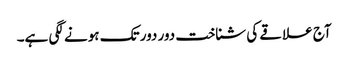
آج علاقے کی شناخت دور دور تک ہونے لگی ہے۔